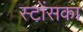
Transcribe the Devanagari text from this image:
स्टोंसका